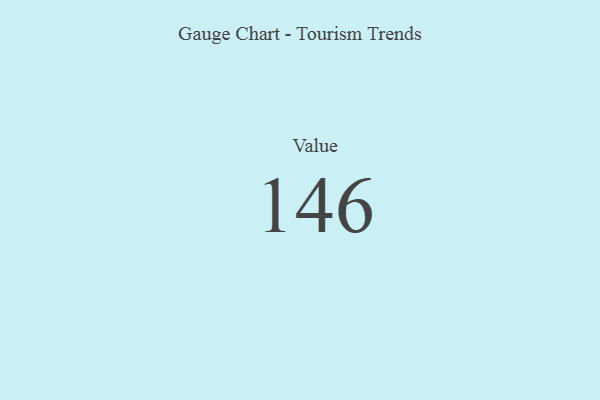
{"axis": {"x": "Metric", "y": "Value"}, "legend": [""], "data": [{"x": "Value", "y": 146, "type": ""}]}